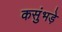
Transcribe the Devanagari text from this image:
कसुंभड़े